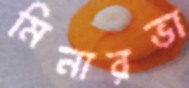
মিনারভা